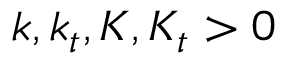
k , k _ { t } , K , K _ { t } > 0